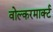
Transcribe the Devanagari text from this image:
वोल्करमार्क्ट